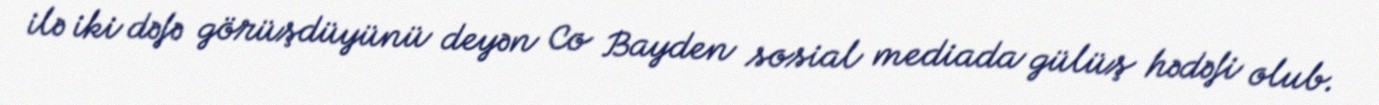
ilə iki dəfə görüşdüyünü deyən Co Bayden sosial mediada gülüş hədəfi olub.